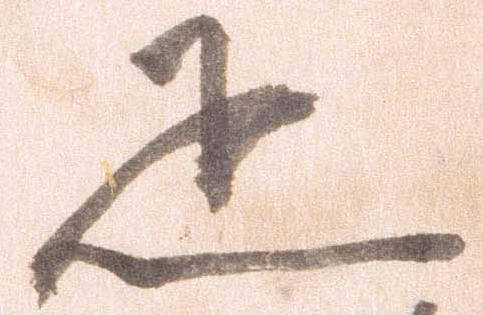
疋